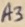
Text: A3